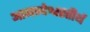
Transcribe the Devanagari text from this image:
आनन्देश्वरतीर्थ